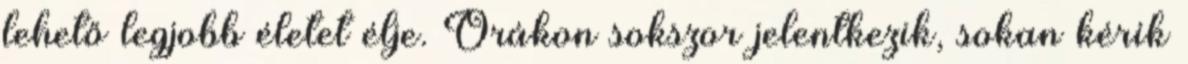
lehető legjobb életet élje. Órákon sokszor jelentkezik, sokan kérik